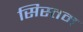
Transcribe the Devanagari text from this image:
सिस्तम